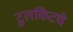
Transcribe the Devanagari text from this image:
टुलकिटचे